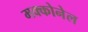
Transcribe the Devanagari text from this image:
मक्कोनेल